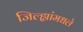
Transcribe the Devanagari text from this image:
जिल्ह्यांमधले